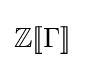
\mathbb {Z} [\![\Gamma ]\!]